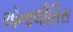
ઍનાલીસિસ